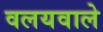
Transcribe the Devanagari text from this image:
वलयवाले